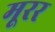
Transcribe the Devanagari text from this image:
मूरर